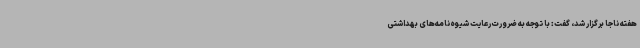
هفته ناجا برگزار شد، گفت: با توجه به ضرورت رعایت شیوه‌نامه‌های بهداشتی